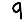
Digit: 9